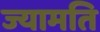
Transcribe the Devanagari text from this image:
ज्यामति